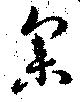
参